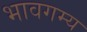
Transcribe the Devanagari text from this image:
भावगम्य